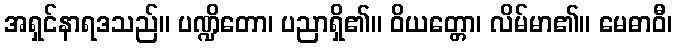
အရှင်နာရဒသည်။ ပဏ္ဍိတော၊ ပညာရှိ၏။ ဝိယတ္တော၊ လိမ်မာ၏။ မေဓာဝီ၊